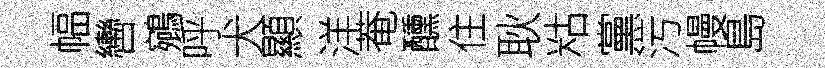
幅轡鵷呼犬顯洋菴醺住耿䊀黨污幔島